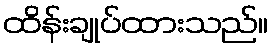
ထိန်းချုပ်ထားသည်။